Vital statistics of India. Vol. IV, Annual returns from 1871 to 1876. British Army of India, Native Army and jails of Bengal
Year: 1871
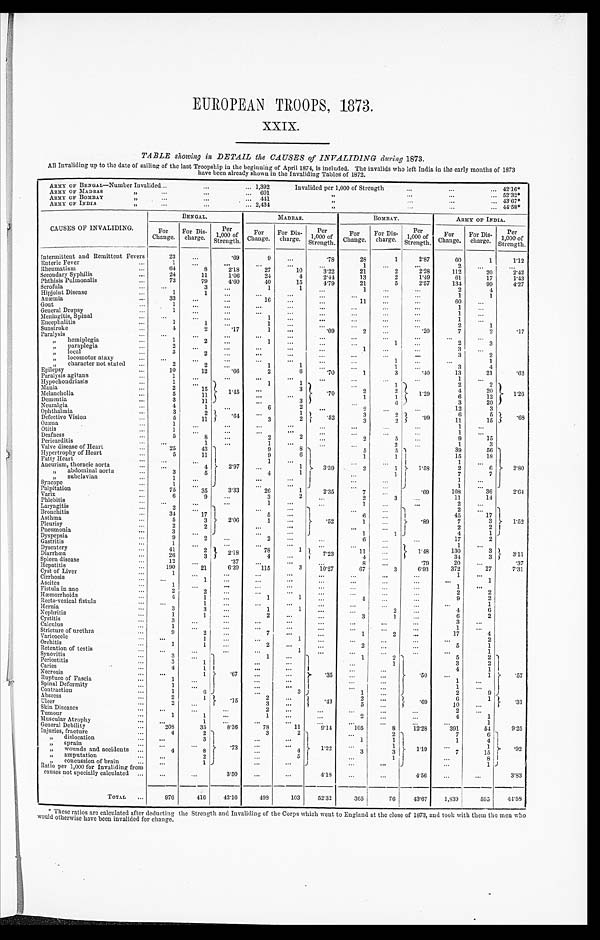
EUROPEAN TROOPS, 1873.
XXIX.
TABLE showing in DETAIL the CAUSES of INVALIDING during 1873.
All Invaliding, up to the date of sailing of the last Troopship in the beginning of April 1874, is included. The invalids who left India in the early months of 1873
have been already shown in the Invaliding Tables of 1872.
ARMY OF BENGAL—Number Invalided . . .
1,392
I n v a l i d e d p e r S t r e n g t h . . .
42.16*
A R M Y O F M A D R A S " . . .
601
" . . . 52.32*
ARMY OF BOMBAY " . . . 441
" . . . 43.67*
A R M Y O F I N D I A . . .
2,434
" . . . 44.58*
BENGAL.
M A D R A S .
BOMBAY.
ARMY OF INDIA.
CAUSES OF INVALIDING.
For
Change.
For Dis-
charge.
Per
1000 of
Strength. Strength.
For
Change.
For Dis-
charge.
P e r 1 , 0 0 0 o f
Strength.
For
Change.
For Dis-
charge.
Per
1,00
0 o f S t r e n g t h .
For
Change.
For Dis-
charge.
P e r 1 , 0 0 0 o f
Strength.
Intermittent and Remittent Fevers
23
. . .
.69
9
. . .
.78
28
1
2.87
60
1
1.12
Enteric Fever . . .
1
. . .
. . .
. . .
. . .
. . .
1
. . .
. . .
2
. . .
. . .
Rheumatism . . .
64
8
2.18
27
10
3.22
21
2
2.28
112
20
2.42
Secondary Syphilis . . .
24
11
1.06
24
4
2.44
13
2
1.49
61
17
1.43
Phthisis Pulmonalis . . .
73
79
4.60
40
15
4.79
21
5
2.57
134
99
4. 27
Scrofula . . .
. . .
3
. . .
1
1
. . .
1
. . .
. . .
2
4
Hipjoint Disease . . .
1
1
. . .
. . .
. . .
. . .
. . . . . .
. . .
1
1
Anæmia . . .
33
. . .
. . .
16
. . .
. . .
11
. . .
. . .
60
. . .
Gout . . .
1
. . .
. . .
. . .
. . .
. . .
. . .. . .
. . .
1
. . .
General Dropsy . . .
1
. . .
. . .
. . .
. . .
. . .
. . .
. . .
. . .
1
. . .
Meningitis, Spinal . . .
. . .
. . .
. . .
1
. . .
. . .
. . .
. . .
. . .
1
. . .
Encephalitis . . .
1
1
. . .
1
. . .
. . .
. . .
. . .
. . .
2
1
Sunstroke . . .
4
2
.17
1
. . .
.09
2 . . .
.20
7
2
.17
Paralysis . . .
. . .
. . .
. . .
. . .
. . .
. . .
. . . . . .
. . .
. . .
. . .
" hemiplegia . . .
1
2
. . .
1
. . .
. . .
. . . 1
. . .
2
3
" paraplegia . . .
2
. . .
. . .
. . .
. . .
. . .
. . .. . .
. . .
3
. . .
" local . . .
3
2
. . .
. . .
. . .
. . .
. . .
. . .
. . .
3
2
" locomotor ataxy . . .
. . .
. . .
. . .
. . .
. . .
. . .
. . .
1
. . .
. . .
1
" character not stated . . .
2
2
. . .
1
1
. . .
. . .
1
. . .
3
4
Epilepsy . . .
10
12
.66
2
6
.70
1
3
.40
13
21
. 62
Paralysis agitans . . .
1
. . .
. . .
. . .
. . .
. . .
. . .
. . .
. . .
1
. . .
Hypochondriasis . . .
1
. . .
1.45
1
1
. 7 0
. . .
1
1.29
2
2
1.2 6
Mania . . .
2
15
. . .
3
2
2
4
2 0
Melancholia . . .
5
11
. . .
. . .
1
1
6
12
Dementia . . .
3
11
. . .
3
. . .
6
3
20
Neuralgia . . .
4
1
. . .
6
2
. . .
2
. . .
. . .
12
3
. . .
Ophthalmia . . .
3
2 .64
. . .
1 .52
3
2
.99
6
5
. 6 8
Defective Vision . . .
5
11
3
2
3
2
11
15
Ozœna . . .
1
. . . . . .
. . .
. . .
. . .
. . .
. . .
. . .
1
. . .
Otitis . . .
1
. . .
. . .
. . .
. . .
. . .
. . .
. . .
. . .
1
. . .
Deafness . . .
5
8
. . .
2
2
. . .
2
5
. . .
9
15
Pericarditis . . .
. . .
1
. . .
1
. . .
. . .
. . .
2
. . .
1
3
Valve disease of Heart . . .
25
43
2.97
9
8
3.39
5
5
1.5
8
39
56
2.80
Hypertrophy of Heart . . .
5
11
9
6
1
1
15
18
Fatty Heart . . .
. . .
. . .
1
. . .
. . .
. . .
1
. . .
Aneurism, thoracic aorta . . .
. . .
4
. . .
1
2
1
2
6
" abdominal aorta . . .
3
5
4
1
. . .
1
7
7
" subclavian . . .
1
. . .
. . .
. . .
. . .
. . .
1
. . .
Syncope . . .
1
. . .
. . .
. . .
. . . . . .
1
. . .
Palpitation . . .
75
35
3.33
26
1
2.35
7 . . .
.69
108
36
2.64
Varix . . .
6
9
. . .
3
2
. . .
2
3
. . .
11
14
Phlebitis. . .
. . .
. . .
. . .
1
. . .
. . .
1
. . .
. . .
2
. . .
Laryngitis . . .
2
. . .
2.0
6
. . .
. . .
.52
. . .
. . .
.89
2
. . .
1.52
Bronchitis . . .
34
17
5
. . .
6
. . .
45
17
Asthma . . .
5
3
1
. . .
1 . . .
7
3
Pleurisy . . .
2
2
. . .
. . .
. . .
. . .
2
2
Pneumonia . . .
3
. . .
. . .
. . .
1
1
4
1
Dyspepsia . . .
9
2
. . .
2
. . .
. . .
6
. . .
. . .
17
2
Gastritis . . .
1
. . .
. . .
. . .
. . .
. . .
. . .
. . .
1.48
1
. . .
Dysentery . . .
41
2
2.18
78
1 7.23
11 . . .
130
3
3.11
Diarrhœa . . .
26
3
4
. . .
4 . . .
34
3
Spleen disease . . .
12
. . .
.37
. . .
. . .
. . .
8
. . .
. 7 9
20
. . .
.37
Hepatitis . . .
190
21
6.39
115
3
10.27
67
3
6.93
372
27
7.31
Cyst of Liver . . .
1
. . .
. . .
. . .
. . .
. . .
. . .
. . .
. . .
1
. . .
Cirrhosis . . .
. . .
1
. . .
. . .
. . .
. . .
. . .
. . .
. . .
. . .
1
Ascites . . .
1
. . .
. . .
. . .
. . .
. . .
. . .
. . .
. . .
1
. . .
Fistula in ano . . .
2
2
. . .
. . .
. . .
. . .
. . .
. . .
. . .
2
2
Hæmorrhoids. . .
4
1
. . .
1
1
. . .
4
. . .
. . .
9
2
Recto-vesical fistula . . .
. . .
1
. . .
. . .
. . .
. . .
. . .
. . .
. . .
. . .
1
H e r n i a . . .
3
3
. . .
1
. . .
. . .
. . .
2
. . .
4
6
Nephritis . . .
1
1
. . .
2
. . .
. . .
3
1
. . .
6
2
Cystitis . . .
3
. . .
. . .
. . .
. . .
. . .
. . .
. . .
. . .
3
. . .
Calculus . . .
1
. . .
. . .
. . .
. . .
. . .
. . .
. . .
. . .
1
. . .
Stricture of urethra . . .
9
2
. . .
7
. . .
. . .
1
2
. . .
17
4
Varicocele . . .
. . .
1
. . .
. . .
1
. . .
. . .
. . .
. . .
. . .
2
Orchitis . . .
1
1
. . .
2
. . .
. . .
. . .. . .
. . .
5
1
Retention of testis . . .
. . .
. . .
. . .
. . .
1
. . .
. . .
. . .
. . .
. . .
1
.57
Synovitis . . .
3
. . .
.67
1
. . . .35
1
2
.69
5
2
Periostitis . . .
3
1
. . .
. . .
. . .
1
3
2
Caries . . .
4
1
. . .
. . .
. . .
. . .
4
1
Necrosis . . .
. . .
1
. . .
. . .
. . .
. . .
. . .
1
Rupture of Fascia . . .
1
. . .
. . .
. . .
. . .
. . .
1
. . .
Spinal Deformity . . .
1
. . .
. . .
. . .
. . .. . .
1
. . .
Contraction . . .
1
6
. . .
3
1
. . .
2
9
Abscess . . .
2
1 .15
2
. . .
.43
2
. . . .69
6
1
.31
Ulcer . . .
2
. . .
3
. . .
5 . . .
1 0
. . .
Skin Diseases . . .
. . .
. . .
. . .
2
. . .
. . .
. . .
. . .
. . .
2
. . .
Tumour . . .
1
1
. . .
1
. . .
. . .
2
. . .
. . .
4
1
Muscular Atrophy . . .
. . .
. . .
. . .
. . .
. . .
. . .
. . .
. . .
. . .
. . .
1
General Debility . . .
208
35
8.36
78
11
9.14
105
8
12.28
391
54
9.25
Injuries, fracture . . .
4
2 . 7 3
3
2 1.22
. . .
2 1. 19
7
6 .92
" dislocation . . .
. . .
3
. . .
. . .
1
1
1
4
" s p r a i n . . .
. . .
. . .
. . .
. . .
. . .
1
. . .
1
" w o u n d s a n d a c c i d e n t s . . .
4
8
. . .
4
3
3
7
15
" amputation . . .
. . .
2
. . .
5
. . .
1
. . .
8
" concussion of brain . . .
. . .
1
. . .
. . .
. . .
. . .
. . .
1
Ratio per 1,000 for Invaliding from
causes not specially calculated . . .
. . .
. . .
3.50
. . .
. . .
4.18
. . .
. . .
4.56
. . .
. . .
3.83
T O T A L . . .
976
416
42.16
498
103
52.32
365
76
43.67
1,839
595
41.59
* These ratios are calculated after deducting the Strength and Invaliding of the Corps which went to England at the close of 1873, and took with them the men who
would otherwise have been invalided for change.